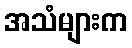
အသံများက